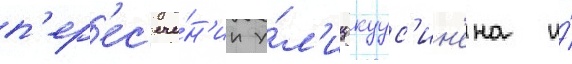
п'ер'ес'ече́н'ии у́л'иц куус'ин'ена и́